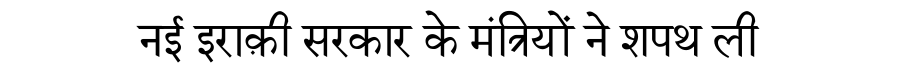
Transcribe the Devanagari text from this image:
नई इराक़ी सरकार के मंत्रियों ने शपथ ली